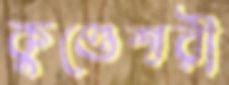
কুণ্ডেশ্বরী